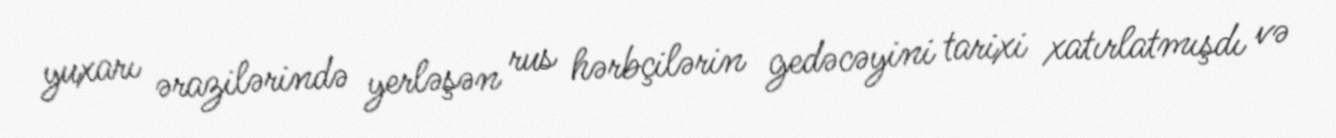
yuxarı ərazilərində yerləşən rus hərbçilərin gedəcəyini tarixi xatırlatmışdı və